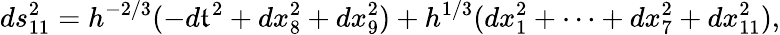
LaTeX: ds_{11}^{2}=h^{-2/3}(-d\mathfrak{t}^{2}+dx_{8}^{2}+dx_{9}^{2})+h^{1/3}(dx_{1}^{2}+\cdots+dx_{7}^{2}+dx_{11}^{2}),